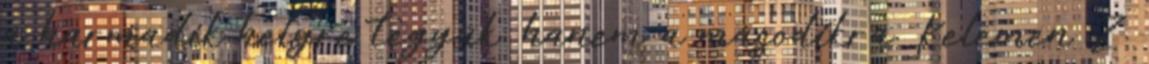
a harmadik helyre tegyük, hanem a másodikra. Kelemen Z.